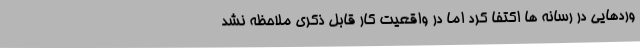
وردهایی در رسانه ها اکتفا کرد اما در واقعیت کار قابل ذکری ملاحظه نشد